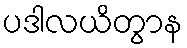
ပဒါလယိတွာန